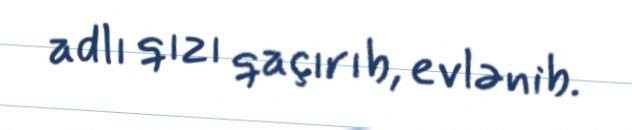
adlı qızı qaçırıb, evlənib.